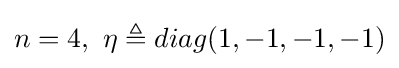
n=4,\ \eta \triangleq diag(1,-1,-1,-1)